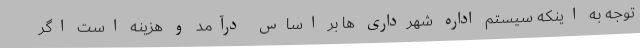
توجه به اینکه سیستم اداره شهرداری ها بر اساس درآمد و هزینه است اگر